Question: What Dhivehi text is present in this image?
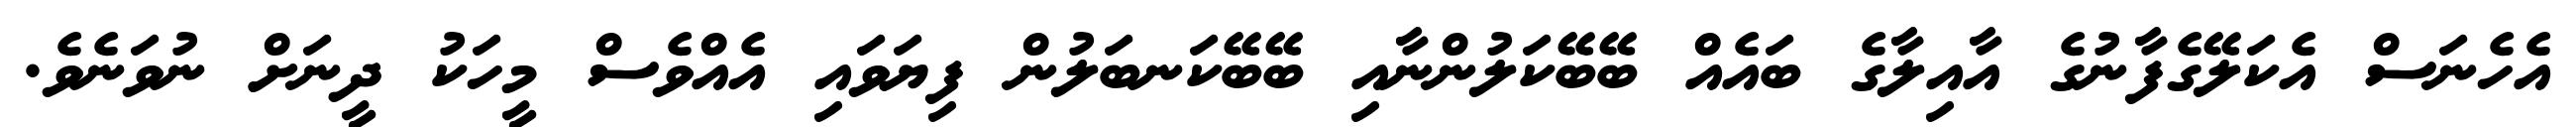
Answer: އެހެނަސް އެކަލޭގެފާނުގެ އާއިލާގެ ބައެއް ބޭބޭކަލުންނާއި ބޭބޭކަނބަލުން ފިޔަވައި އެއްވެސް މީހަކު ދީނަށް ނުވަނެވެ.